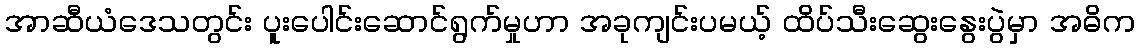
အာဆီယံဒေသတွင်း ပူးပေါင်းဆောင်ရွက်မှုဟာ အခုကျင်းပမယ့် ထိပ်သီးဆွေးနွေးပွဲမှာ အဓိက